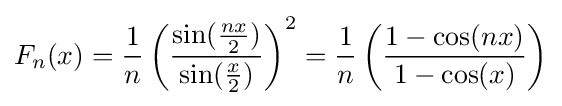
F_{n}(x)={\frac {1}{n}}\left({\frac {\sin({\frac {nx}{2}})}{\sin({\frac {x}{2}})}}\right)^{2}={\frac {1}{n}}\left({\frac {1-\cos(nx)}{1-\cos(x)}}\right)